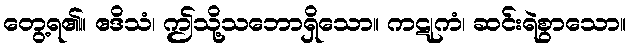
တွေ့ရ၏။ ဧဒိသံ၊ ဤသို့သဘောရှိသော။ ကဋုကံ၊ ဆင်းရဲစွာသော။